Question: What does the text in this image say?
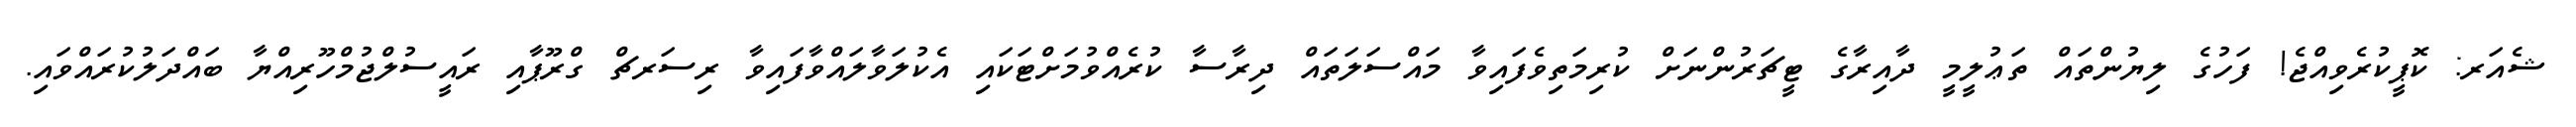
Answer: ޝެއަރ: ކޮޕީކުރެވިއްޖެ! ފަހުގެ ލިޔުންތައް ތަޢުލީމީ ދާއިރާގެ ޓީޗަރުންނަށް ކުރިމަތިވެފައިވާ މައްސަލަތައް ދިރާސާ ކުރެއްވުމަށްޓަކައި އެކުލަވާލައްވާފައިވާ ރިސަރޗް ގްރޫޕާއި ރައީސުލްޖުމްހޫރިއްޔާ ބައްދަލުކުރައްވައި.